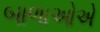
બાળાઓએ